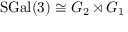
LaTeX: \mathrm { S G a l } ( 3 ) \cong G _ { 2 } \rtimes G _ { 1 }